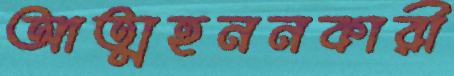
আত্মহননকারী